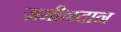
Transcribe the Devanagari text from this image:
ज़मीनदान